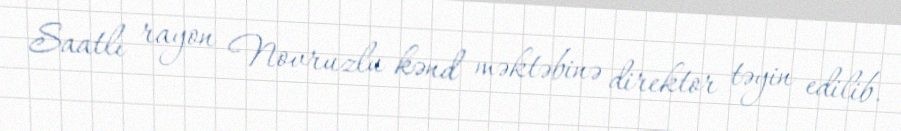
Saatlı rayon Novruzlu kənd məktəbinə direktor təyin edilib.